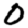
Digit: 0